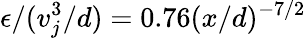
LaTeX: \epsilon/(v_{j}^{3}/d)=0.76(x/d)^{-7/2}